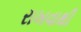
રાખવાથી